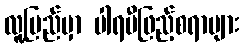
လူ့ပြည်မှာ ပါရမီဖြည့်စရာများ